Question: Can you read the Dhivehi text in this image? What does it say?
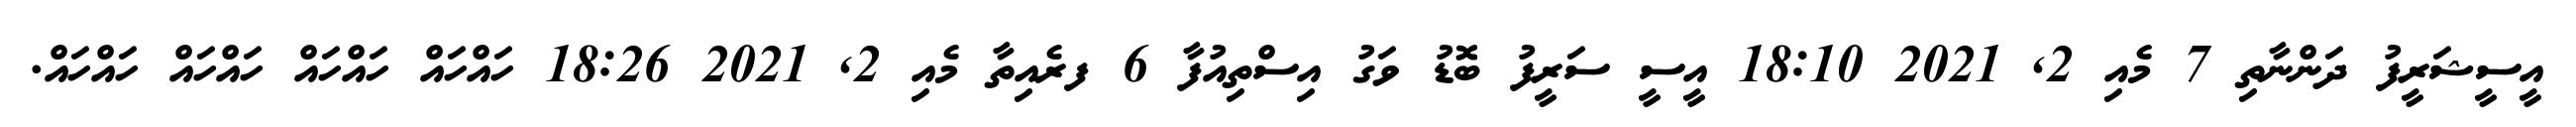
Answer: އީސީޝަރީފު ދަންނާތި 7 މެއި 2, 2021 18:10 އީސީ ސަރީފު ބޮޑު ވަގު އިސްތިއުފާ 6 ފރެއިތާ މެއި 2, 2021 18:26 ހައްހައް ހައްހައް ހައްހައް ހައްހައް.